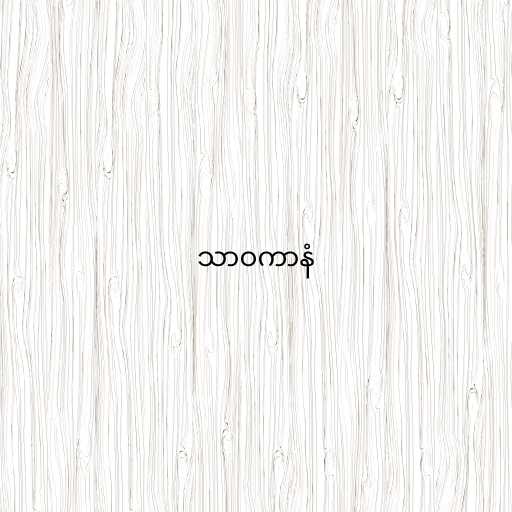
သာဝကာနံ